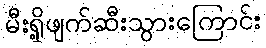
မီးရှို့ဖျက်ဆီးသွားကြောင်း